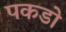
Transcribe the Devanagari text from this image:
पकडो